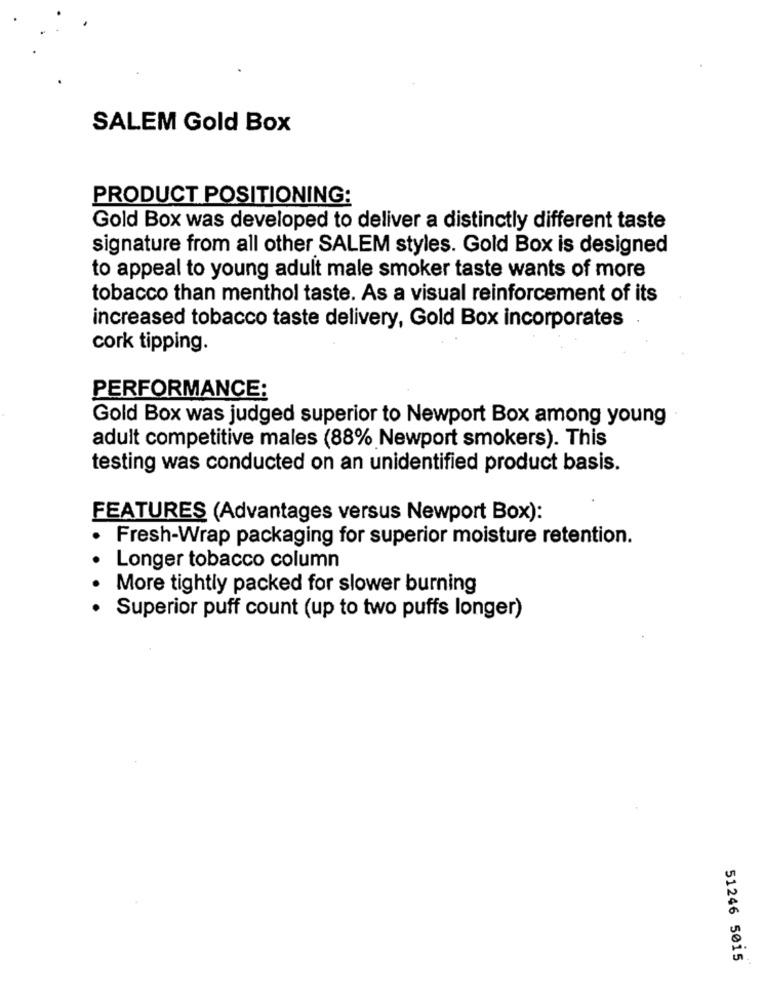
SALEM Gold Box
PRODUCT POSITIONING:
Gold Box was developed to deliver a distinctly different taste
signature from all other SALEM styles. Gold Box is designed
to appeal to young adult male smoker taste wants of more
tobacco than menthol taste. As a visual reinforcement of its
increased tobacco taste delivery, Gold Box incorporates
cork tipping.
PERFORMANCE:
Gold Box was judged superior to Newport Box among young
adult competitive males (88% Newport smokers). This
testing was conducted on an unidentified product basis.
FEATURES (Advantages versus Newport Box):
Fresh-Wrap packaging for superior moisture retention.
Longer tobacco column
More tightly packed for slower burning
Superior puff count (up to two puffs longer)
51246 5015